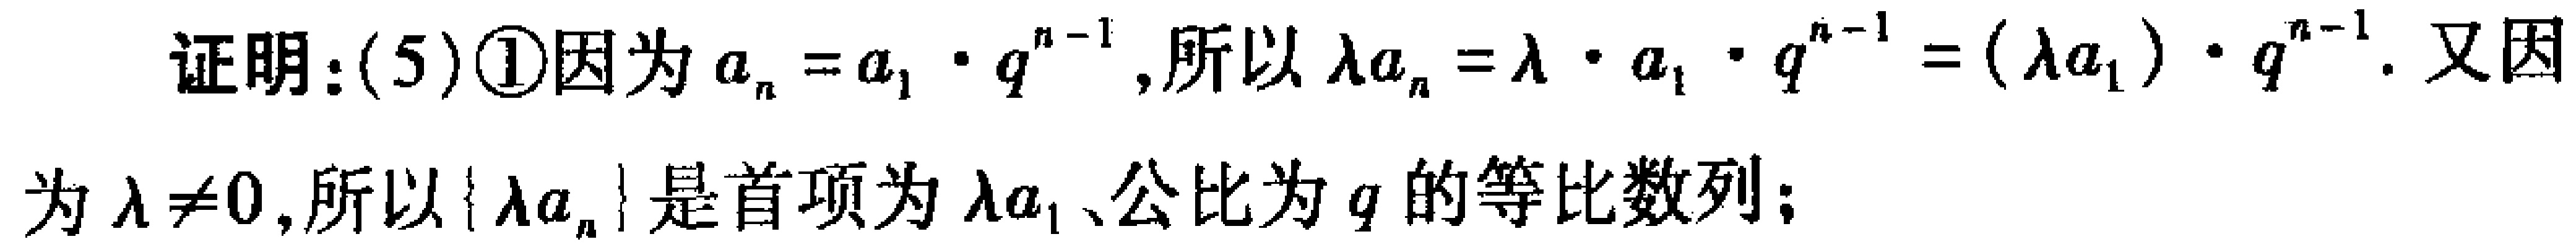
证明：(5)\textcircled{1}因为\(a_{n}=a_{1}\cdot q^{n - 1}\)，所以\(\lambda a_{n}=\lambda\cdot a_{1}\cdot q^{n - 1}=(\lambda a_{1})\cdot q^{n - 1}\). 又因为\(\lambda\neq0\)，所以\(\{\lambda a_{n}\}\)是首项为\(\lambda a_{1}\)、公比为\(q\)的等比数列；